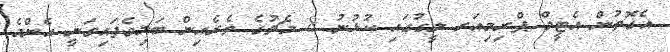
އެގޮތުން އެޓީމް ޕްރިމިއަރ ލީގުގައި ކުޅުނު 8 މެޗުގެ ތެރެއިން ބަލިވެފައިވަނީ އެންމެ